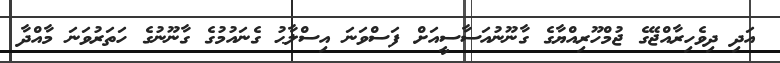
އަދި ދިވެހިރާއްޖޭގެ ޖުމްހޫރިއްޔާގެ ގާނޫނުއަސާސީއަށް ފަސްވަނަ އިސްލާޙު ގެނައުމުގެ ގާނޫނުގެ ހަތަރުވަނަ މާއްދާ